Vaccine operations Central Provinces & Berar 1922-1929 - 1922-1929
Year: 1922
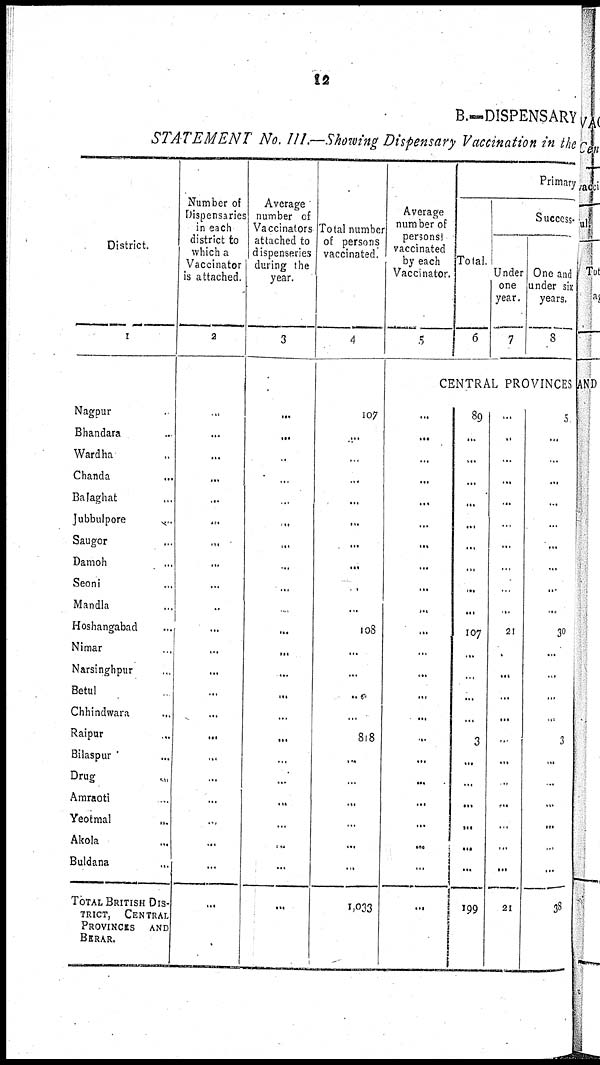
12
B.—DISPENSARY
STATEMENT No. III.—Showing Dispensary Vaccination in the
District.
1
Nagpur ...
Bhandara ...
Wardha ...
Chanda ...
Balaghat ...
Jubbulpore ...
Saugor ...
Damoh ...
Seoni ...
Mandla ...
Hoshangabad ...
Nimar ...
Narsinghpur ...
Betul ...
Chhindwara ...
Raipur ...
Bilaspur ...
Drug ...
Amraoti ...
Yeotmal ...
Akola ...
Buldana ...
TOTAL BRITISH DIS-
-----, CENTRAL
PROVINCES AND
BERAR.
Number of
Dispensaries
in each
district to
which a
Vaccinator
is attached.
2
...
...
...
...
...
...
...
...
...
...
...
...
...
...
...
...
...
...
...
...
...
...
...
Average
number of
Vaccinators
attached to
dispensaries
during the
year.
3
...
...
...
...
...
...
...
...
...
...
...
...
...
...
...
...
...
...
...
...
...
...
...
Total number
of persons
vaccinated.
4
107
...
...
...
...
...
...
...
...
...
108
...
...
...
...
818
...
...
...
...
...
...
1,033
Average
number of
persons
vaccinated
by each
Vaccinator.
5
Primary
Total.
6
Success
Under
one
year.
7
One and
under six
years.
8
CENTRAL PROVINCES
...
...
...
...
...
...
...
...
...
...
...
...
...
...
...
...
...
...
...
...
...
...
...
89
...
...
...
...
...
...
...
...
...
107
...
...
...
...
3
...
...
...
...
...
...
199
...
...
...
...
...
...
...
...
...
...
21
...
...
...
...
...
...
...
...
...
...
...
21
5
...
...
...
...
...
...
...
...
...
30
...
...
...
...
3
...
...
...
...
...
...
38